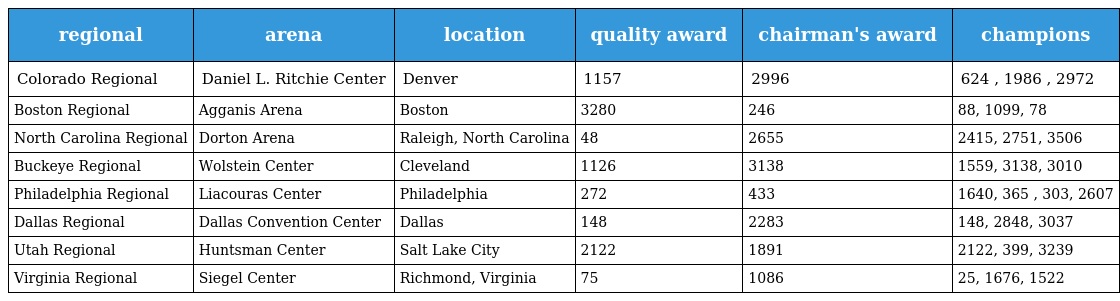
| regional | arena | location | quality award | chairman's award | champions |
 | --- | --- | --- | --- | --- | --- |
 | Colorado Regional | Daniel L. Ritchie Center | Denver | 1157 | 2996 | 624 , 1986 , 2972 |
 | Boston Regional | Agganis Arena | Boston | 3280 | 246 | 88, 1099, 78 |
 | North Carolina Regional | Dorton Arena | Raleigh, North Carolina | 48 | 2655 | 2415, 2751, 3506 |
 | Buckeye Regional | Wolstein Center | Cleveland | 1126 | 3138 | 1559, 3138, 3010 |
 | Philadelphia Regional | Liacouras Center | Philadelphia | 272 | 433 | 1640, 365 , 303, 2607 |
 | Dallas Regional | Dallas Convention Center | Dallas | 148 | 2283 | 148, 2848, 3037 |
 | Utah Regional | Huntsman Center | Salt Lake City | 2122 | 1891 | 2122, 399, 3239 |
 | Virginia Regional | Siegel Center | Richmond, Virginia | 75 | 1086 | 25, 1676, 1522 |